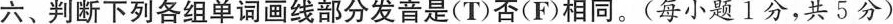
六、判断下列各组单词画线部分发音是(T)否(F)相同.(每小题 1分,共5分)